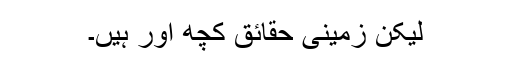
لیکن زمینی حقائق کچھ اور ہیں۔